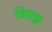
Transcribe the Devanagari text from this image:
ब्लित्झ